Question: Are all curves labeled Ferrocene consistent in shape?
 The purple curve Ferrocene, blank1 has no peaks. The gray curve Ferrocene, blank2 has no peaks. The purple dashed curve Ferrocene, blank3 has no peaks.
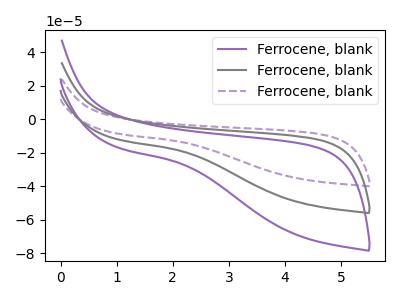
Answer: <think>Neither "Ferrocene, blank1" or "Ferrocene, blank2" have any peaks. Neither "Ferrocene, blank1" or "Ferrocene, blank3" have any peaks. Neither "Ferrocene, blank2" or "Ferrocene, blank3" have any peaks.
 </think>
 <answer>All the CV's of "Ferrocene" have similar shape.</answer>
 <eval>follow_rule</eval>